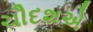
ચૌદશએ